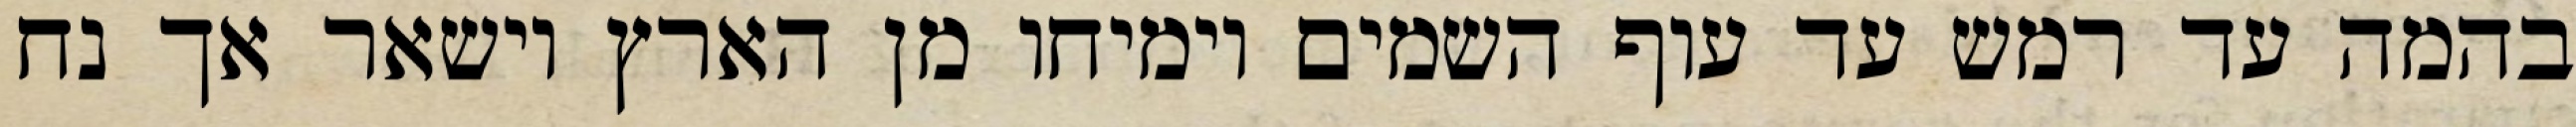
בהמה עד רמש עד עוף השמים וימיחו מן הארץ וישאר אך נח